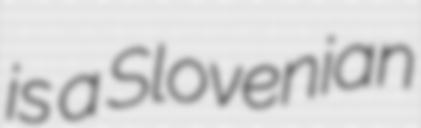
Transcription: is a Slovenian